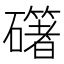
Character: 𥗁